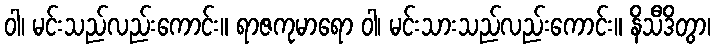
ဝါ၊ မင်းသည်လည်းကောင်း။ ရာဇကုမာရော ဝါ၊ မင်းသားသည်လည်းကောင်း။ နိသီဒိတွာ၊